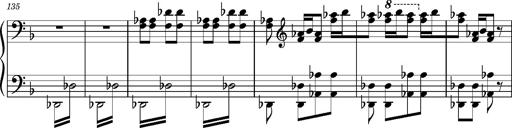
Title: Ungarischer Romanzero
Composer: Franz Liszt